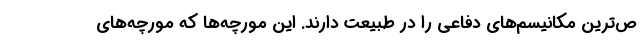
ص‌ترین مکانیسم‌های دفاعی را در طبیعت دارند. این مورچه‌ها که مورچه‌های